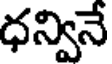
ధన్వినే